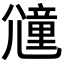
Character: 𡰕